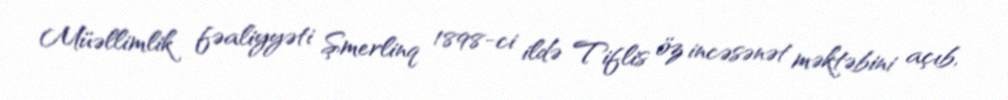
Müəllimlik fəaliyyəti Şmerlinq 1898-ci ildə Tiflis öz incəsənət məktəbini açıb,